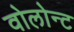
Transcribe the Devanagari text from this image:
वोलोन्ट